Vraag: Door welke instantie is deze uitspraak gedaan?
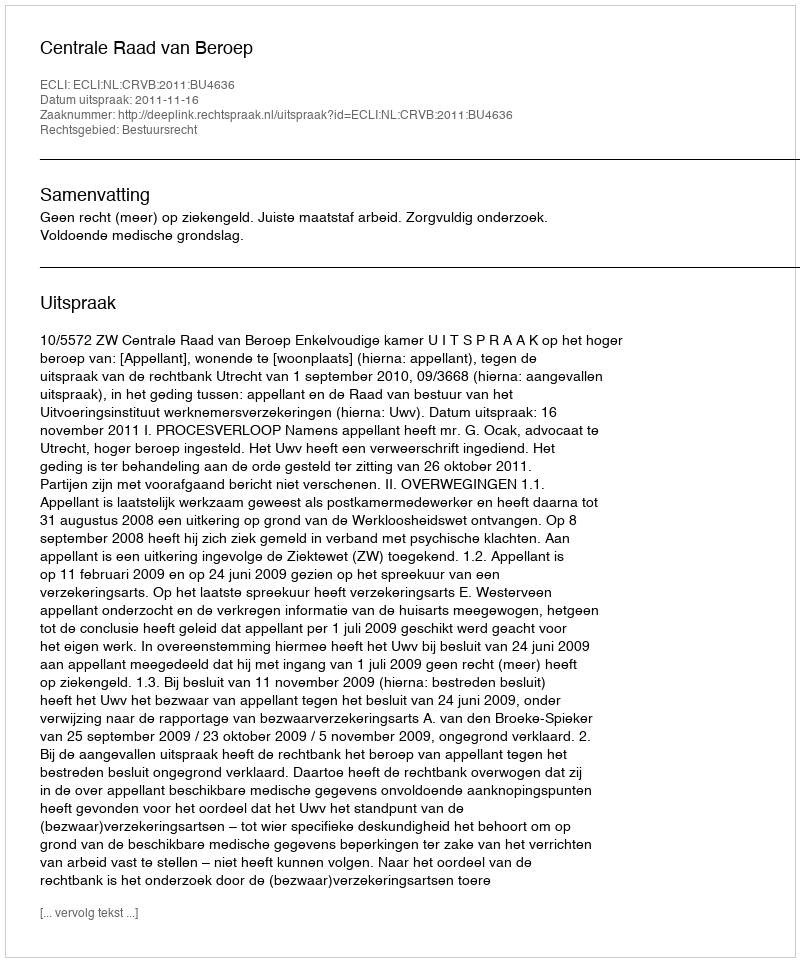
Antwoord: Centrale Raad van Beroep